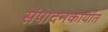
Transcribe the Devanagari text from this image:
संपादनकार्यात